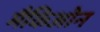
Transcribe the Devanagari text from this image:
मैकिओन